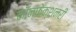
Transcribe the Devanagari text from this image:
कॉन्फेक्शनरी